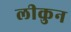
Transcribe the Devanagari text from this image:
लीकुन